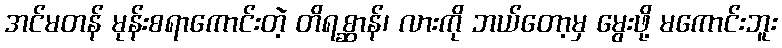
အင်မတန် မုန်းစရာကောင်းတဲ့ တိရစ္ဆာန်၊ လားကို ဘယ်တော့မှ မွေးဖို့ မကောင်းဘူး